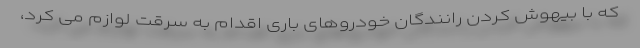
که با بیهوش کردن رانندگان خودروهای باری اقدام به سرقت لوازم می کرد،